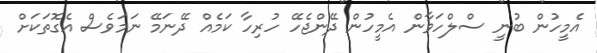
އެމީހުން ބުނީ ސްލްހަވާން އެމީހުން ދޭންޖެހޭ ހުރިހާ ކަމެއް ދޭނަމޭ ނަމަވެސް އެގޮތަކަށް